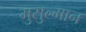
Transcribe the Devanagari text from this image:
मुसुल्मान